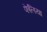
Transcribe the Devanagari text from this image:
फेलिया